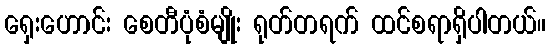
ရှေးဟောင်း စေတီပုံစံမျိုး ရုတ်တရက် ထင်စရာရှိပါတယ်။